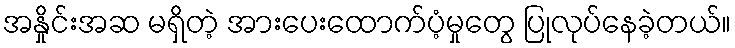
အနှိုင်းအဆ မရှိတဲ့ အားပေးထောက်ပံ့မှုတွေ ပြုလုပ်နေခဲ့တယ်။